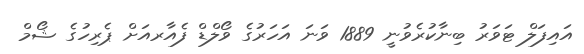
އައިފަލް ޓަވަރު ބިނާކުރެވުނީ 1889 ވަނަ އަހަރުގެ ވޯލްޑް ފެއާރއަށް ޕެރިހުގެ ޝޯމް